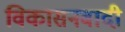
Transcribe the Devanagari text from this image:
विकासनवादी